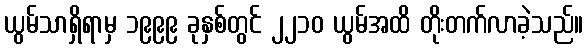
ယွမ်သာရှိရာမှ ၁၉၉၉ ခုနှစ်တွင် ၂၂၁၀ ယွမ်အထိ တိုးတက်လာခဲ့သည်။